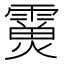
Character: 𩅊